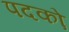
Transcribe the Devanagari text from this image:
पदको़